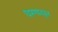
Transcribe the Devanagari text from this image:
धरणावरून